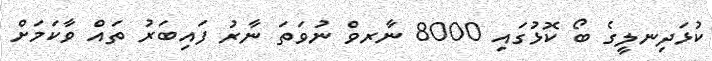
ކުޅަދިނލީގެ ބޯ ކޮޅުގައި 8000 ނާރވް ނުވަތަ ނާރު ފައިބަރު ތައް ވާކަމަށް